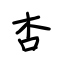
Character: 杏